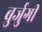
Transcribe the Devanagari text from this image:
बुर्जुगी